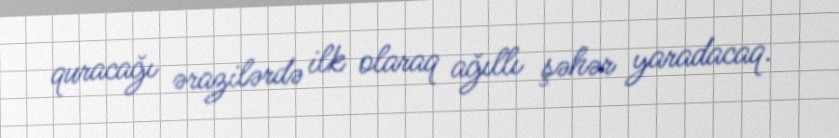
quracağı ərazilərdə ilk olaraq ağıllı şəhər yaradacaq.